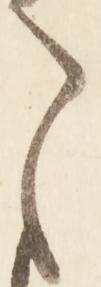
ま